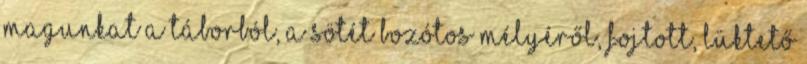
magunkat a táborból, a sötét bozótos mélyéről, fojtott, lüktető